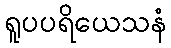
ရူပပရိယေသနံ